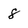
Character: 8